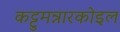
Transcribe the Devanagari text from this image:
कट्टुमन्नारकोइल